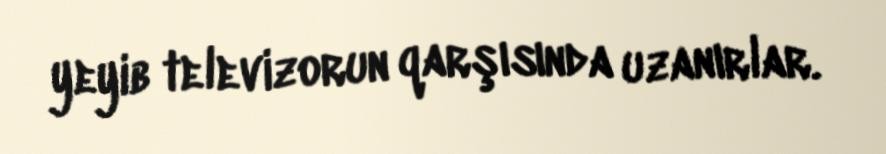
yeyib televizorun qarşısında uzanırlar.